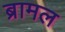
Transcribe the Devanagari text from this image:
ब्रामल